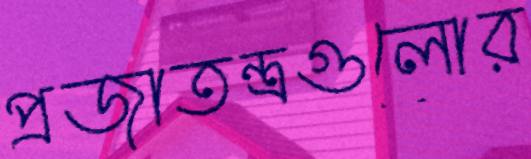
প্রজাতন্ত্রগুলোর